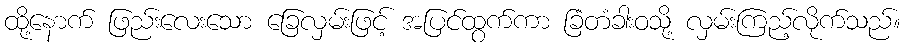
ထို့နောက် ဖြည်းလေးသော ခြေလှမ်းဖြင့် အပြင်ထွက်ကာ ခြံတံခါးဝသို့ လှမ်းကြည့်လိုက်သည်။